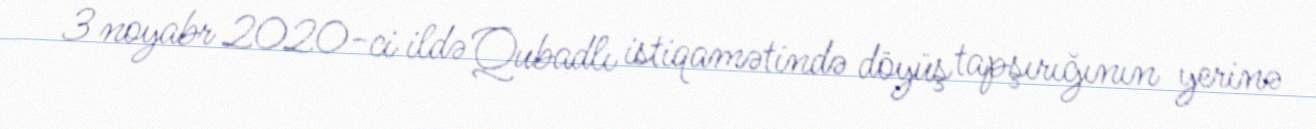
3 noyabr 2020-ci ildə Qubadlı istiqamətində döyüş tapşırığının yerinə